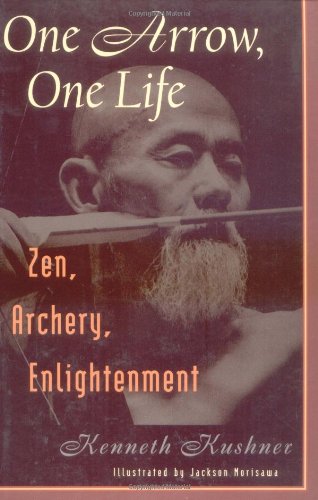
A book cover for One Arrow, One Life: Zen, Archery, Enlightenment; Kenneth Kushner; Christian Books & Bibles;